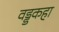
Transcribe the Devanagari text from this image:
वड्डकहा